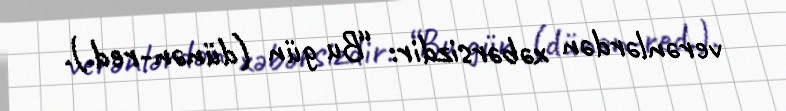
verənlərdən xəbərsizdir: “Bu gün (dünən-red.).